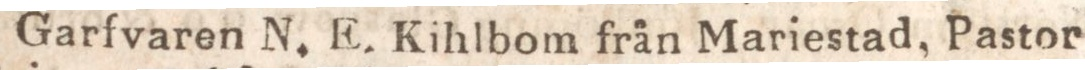
Garfvaren N. E. Kihlbom från Mariestad, Pastor